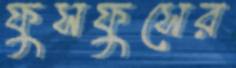
ফুসফুসের